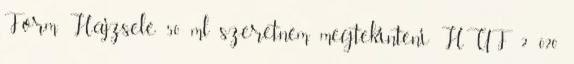
Form Hajzselé 50 ml szeretném megtekinteni HUF 2 020